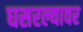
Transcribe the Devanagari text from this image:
घसरल्यावर